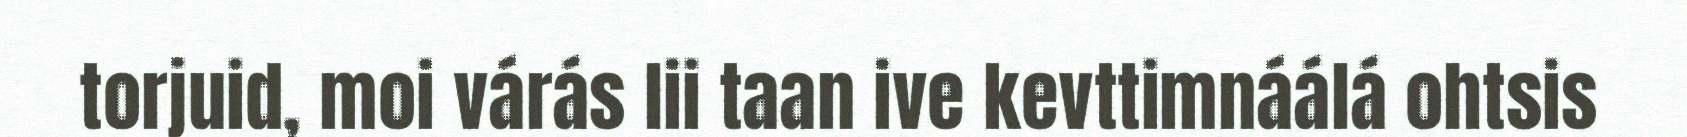
torjuid, moi várás lii taan ive kevttimnáálá ohtsis